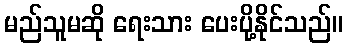
မည်သူမဆို ရေးသား ပေးပို့နိုင်သည်။